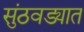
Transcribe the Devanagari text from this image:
सुंठवड्यात